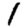
Digit: 1